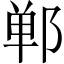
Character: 郸